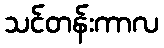
သင်တန်းကာလ